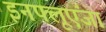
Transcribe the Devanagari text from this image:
इनफ्लूएंजा